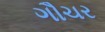
ગૌચર